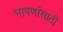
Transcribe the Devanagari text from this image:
भाषणांसाठी